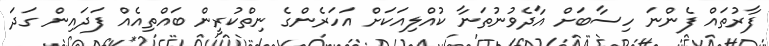
ފާރުތައް ފެންނަ ހިސާބަށް އާދެވުނުތަނާ ކުއްލިއަކަށް އަހަރެންގެ ނިތްކުރީން ބައްތިއެއް ފަދައިން ގަދަ